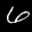
Label: 6